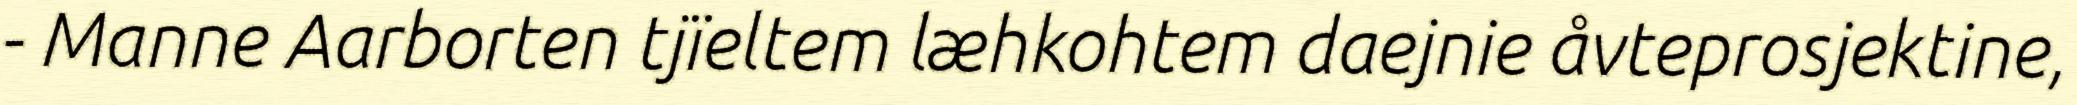
- Manne Aarborten tjïeltem læhkohtem daejnie åvteprosjektine,